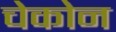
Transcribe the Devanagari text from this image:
चेकोन